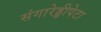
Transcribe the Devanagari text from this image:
संगारेड्डीपेटा